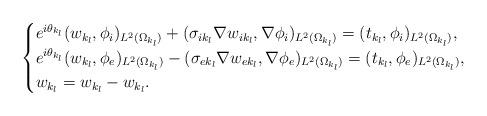
LaTeX: \begin{align*}\begin{cases}e^{i\theta_{k_l}}(w_{k_l},\phi_i)_{L^2(\Omega_{k_l})}+(\sigma_{ik_l}\nabla w_{ik_l},\nabla\phi_i)_{L^2(\Omega_{k_l})}=(t_{k_l},\phi_i)_{L^2(\Omega_{k_l})}, \\e^{i\theta_{k_l}}(w_{k_l},\phi_e)_{L^2(\Omega_{k_l})}-(\sigma_{ek_l}\nabla w_{ek_l},\nabla\phi_e)_{L^2(\Omega_{k_l})}=(t_{k_l},\phi_e)_{L^2(\Omega_{k_l})}, \\w_{k_l}=w_{k_l}-w_{k_l}. \end{cases}\end{align*}